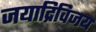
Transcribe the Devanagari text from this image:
जयाद्रिविजय